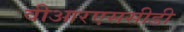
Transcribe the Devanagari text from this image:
वीआरएससीडी